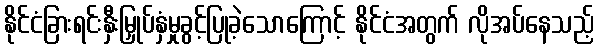
နိုင်ငံခြားရင်းနှီးမြှုပ်နှံမှုခွင့်ပြုခဲ့သောကြောင့် နိုင်ငံအတွက် လိုအပ်နေသည့်